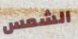
الشمس